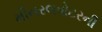
મીનરલવોટરની